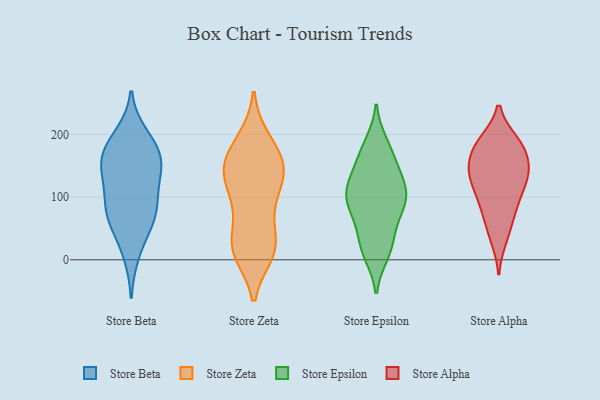
{"axis": {"x": "Gross Profit (USD K)", "y": "Value"}, "legend": ["Store Alpha", "Store Beta", "Store Epsilon", "Store Zeta"], "data": [{"x": "", "y": 139, "type": "Store Beta"}, {"x": "", "y": 162, "type": "Store Beta"}, {"x": "", "y": 85, "type": "Store Beta"}, {"x": "", "y": 71, "type": "Store Beta"}, {"x": "", "y": 123, "type": "Store Beta"}, {"x": "", "y": 185, "type": "Store Beta"}, {"x": "", "y": 198, "type": "Store Beta"}, {"x": "", "y": 88, "type": "Store Beta"}, {"x": "", "y": 10, "type": "Store Beta"}, {"x": "", "y": 174, "type": "Store Beta"}, {"x": "", "y": 159, "type": "Store Beta"}, {"x": "", "y": 70, "type": "Store Beta"}, {"x": "", "y": 51, "type": "Store Beta"}, {"x": "", "y": 142, "type": "Store Beta"}, {"x": "", "y": 142, "type": "Store Zeta"}, {"x": "", "y": 150, "type": "Store Zeta"}, {"x": "", "y": 31, "type": "Store Zeta"}, {"x": "", "y": 99, "type": "Store Zeta"}, {"x": "", "y": 12, "type": "Store Zeta"}, {"x": "", "y": 128, "type": "Store Zeta"}, {"x": "", "y": 19, "type": "Store Zeta"}, {"x": "", "y": 164, "type": "Store Zeta"}, {"x": "", "y": 27, "type": "Store Zeta"}, {"x": "", "y": 190, "type": "Store Zeta"}, {"x": "", "y": 13, "type": "Store Zeta"}, {"x": "", "y": 145, "type": "Store Zeta"}, {"x": "", "y": 191, "type": "Store Zeta"}, {"x": "", "y": 17, "type": "Store Zeta"}, {"x": "", "y": 89, "type": "Store Zeta"}, {"x": "", "y": 89, "type": "Store Zeta"}, {"x": "", "y": 151, "type": "Store Zeta"}, {"x": "", "y": 143, "type": "Store Zeta"}, {"x": "", "y": 104, "type": "Store Epsilon"}, {"x": "", "y": 167, "type": "Store Epsilon"}, {"x": "", "y": 80, "type": "Store Epsilon"}, {"x": "", "y": 74, "type": "Store Epsilon"}, {"x": "", "y": 104, "type": "Store Epsilon"}, {"x": "", "y": 98, "type": "Store Epsilon"}, {"x": "", "y": 174, "type": "Store Epsilon"}, {"x": "", "y": 20, "type": "Store Epsilon"}, {"x": "", "y": 138, "type": "Store Epsilon"}, {"x": "", "y": 119, "type": "Store Epsilon"}, {"x": "", "y": 136, "type": "Store Epsilon"}, {"x": "", "y": 110, "type": "Store Epsilon"}, {"x": "", "y": 39, "type": "Store Epsilon"}, {"x": "", "y": 184, "type": "Store Epsilon"}, {"x": "", "y": 19, "type": "Store Epsilon"}, {"x": "", "y": 80, "type": "Store Epsilon"}, {"x": "", "y": 11, "type": "Store Epsilon"}, {"x": "", "y": 47, "type": "Store Alpha"}, {"x": "", "y": 187, "type": "Store Alpha"}, {"x": "", "y": 182, "type": "Store Alpha"}, {"x": "", "y": 183, "type": "Store Alpha"}, {"x": "", "y": 129, "type": "Store Alpha"}, {"x": "", "y": 35, "type": "Store Alpha"}, {"x": "", "y": 97, "type": "Store Alpha"}, {"x": "", "y": 188, "type": "Store Alpha"}, {"x": "", "y": 142, "type": "Store Alpha"}, {"x": "", "y": 140, "type": "Store Alpha"}, {"x": "", "y": 138, "type": "Store Alpha"}, {"x": "", "y": 150, "type": "Store Alpha"}, {"x": "", "y": 132, "type": "Store Alpha"}, {"x": "", "y": 107, "type": "Store Alpha"}, {"x": "", "y": 81, "type": "Store Alpha"}, {"x": "", "y": 173, "type": "Store Alpha"}, {"x": "", "y": 79, "type": "Store Alpha"}]}